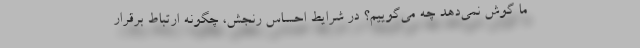
ما گوش نمی‌دهد چه می‌گوییم؟ در شرایط احساس رنجش، چگونه ارتباط برقرار